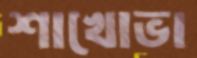
শাখোভা